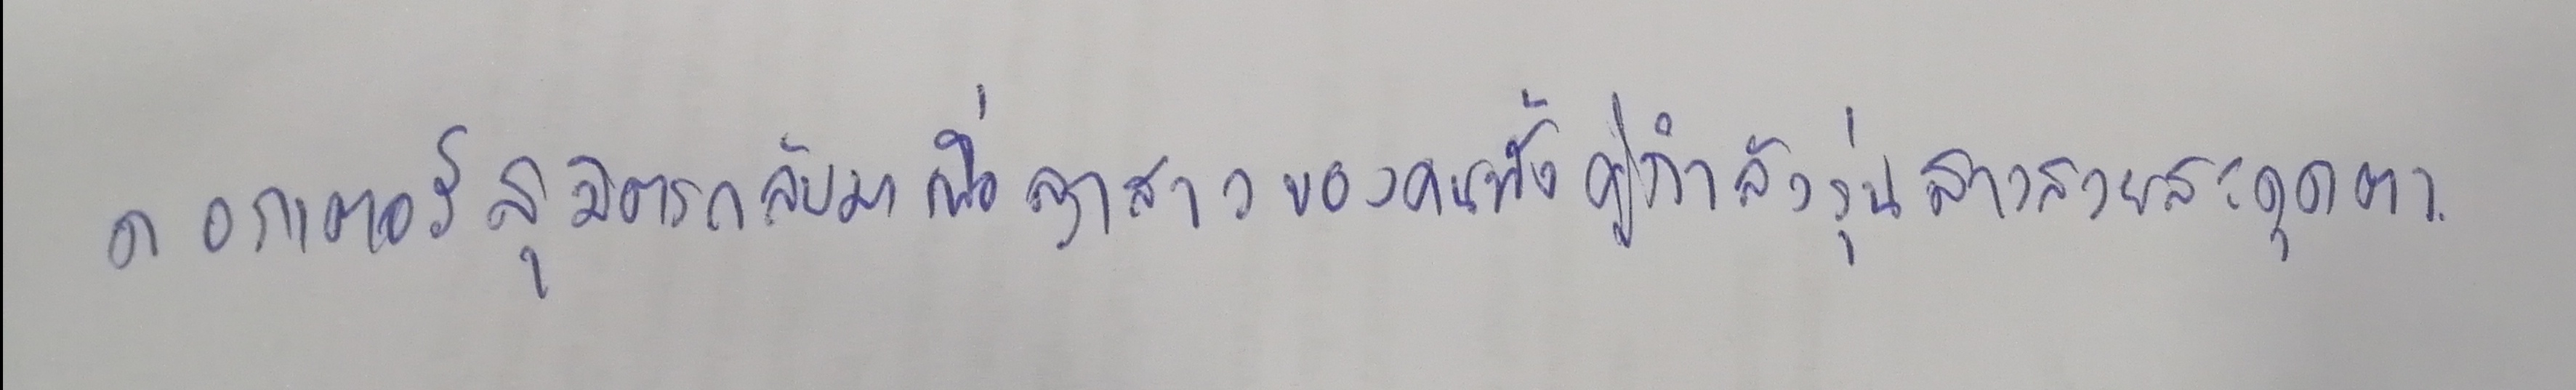
ดอกเตอร์สุมิตรกลับมาเมื่อลูกสาวของคนทั้งคู่กำลังรุ่นสาวสวยสะดุดตา